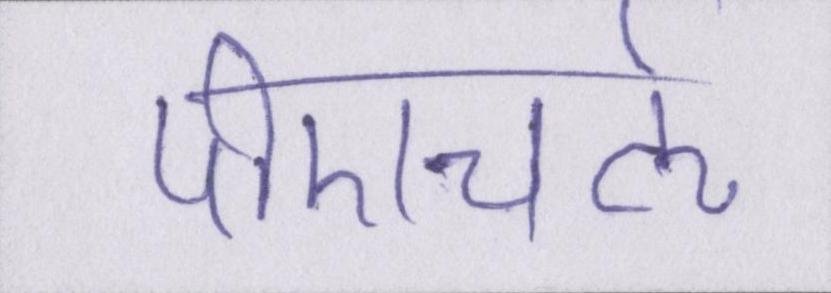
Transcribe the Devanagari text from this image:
पीएचर्ऌ